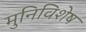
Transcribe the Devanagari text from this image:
मुनिविशेष